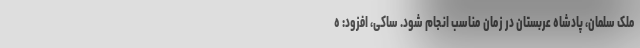
ملک سلمان، پادشاه عربستان در زمان مناسب انجام شود. ساکی، افزود: ه